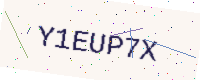
Text: Y1EUP7X